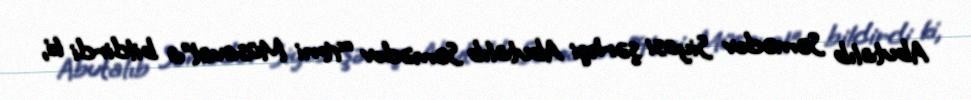
Abutalıb Səmədov Siyasi şərhçi Abutalıb Səmədov “Yeni Müsavat”a bildirdi ki,